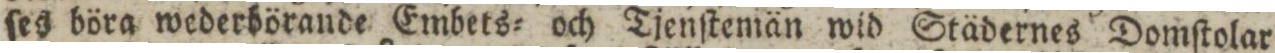
ſes böra wederbörande Embets= och Tjenſtemän wid Städernes Domſtolar